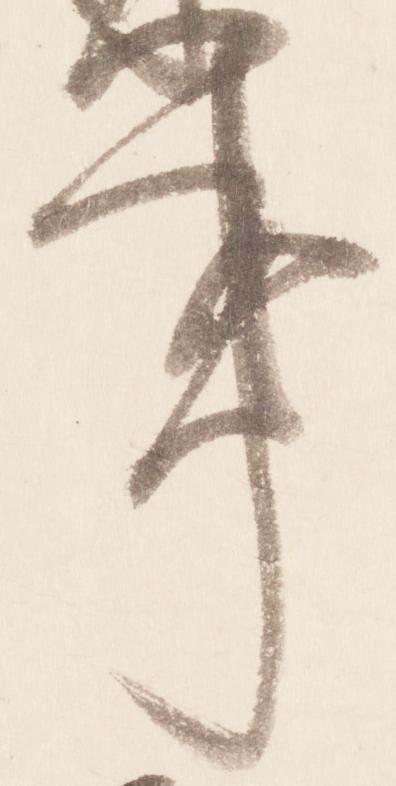
亊